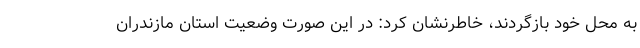
به محل خود بازگردند، خاطرنشان کرد: در این صورت وضعیت استان مازندران